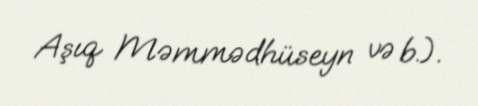
Aşıq Məmmədhüseyn və b.).